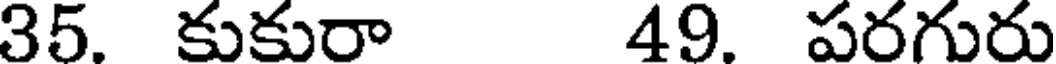
35. కుకురా 49. పరగురు